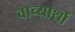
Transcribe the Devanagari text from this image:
वाच्यार्था